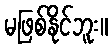
မဖြစ်နိုင်ဘူး။